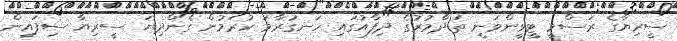
ސީރިޔާގެ ރަސްމީ ޓީވީންވަނީ ތަދްމުރުގެ ދިފާއުގައި ހަނގުރާމަ ކުރަމުން ގެންދިޔަ ސީރިޔާ ސިފައިން